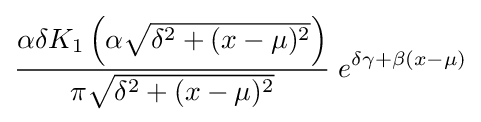
{\frac {\alpha \delta K_{1}\left(\alpha {\sqrt {\delta ^{2}+(x-\mu )^{2}}}\right)}{\pi {\sqrt {\delta ^{2}+(x-\mu )^{2}}}}}\;e^{\delta \gamma +\beta (x-\mu )}